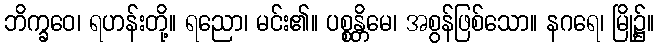
ဘိက္ခဝေ၊ ရဟန်းတို့။ ရညော၊ မင်း၏။ ပစ္စန္တိမေ၊ အစွန်ဖြစ်သော။ နဂရေ၊ မြို့၌။